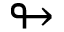
\looparrowright